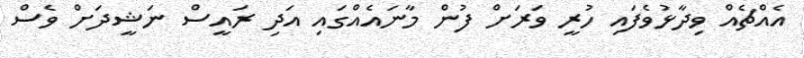
އެއްޗެއް ވިދާޅުވެފައި ހުރީ ވަރަށް ފުން މާނައެއްގައި އަދި ރައީސް ނަޝީދަށް ވެސް